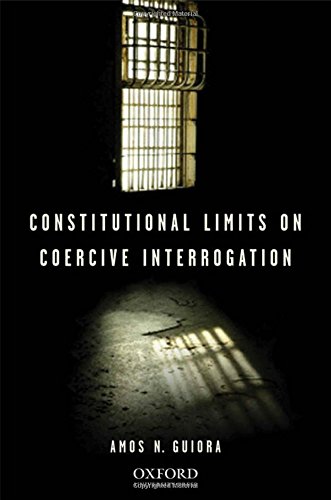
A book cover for Constitutional Limits on Coercive Interrogation (Terrorism Second Series); Amos N. Guiora; Law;